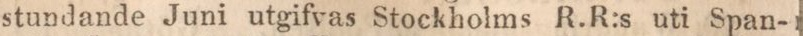
stundande Juni utgifvas Stockholms R.R:s uti Span-